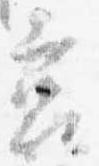
筥